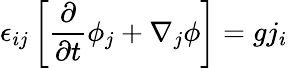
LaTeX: \epsilon_{ij}\left[{\frac{\partial}{\partial t}}\phi_{j}+\nabla_{j}\phi\right]=gj_{i}